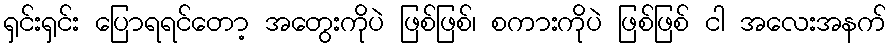
ရှင်းရှင်း ပြောရရင်တော့ အတွေးကိုပဲ ဖြစ်ဖြစ်၊ စကားကိုပဲ ဖြစ်ဖြစ် ငါ အလေးအနက်